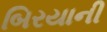
બિરયાની